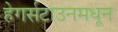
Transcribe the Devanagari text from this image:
हेगर्सटाउनमधून